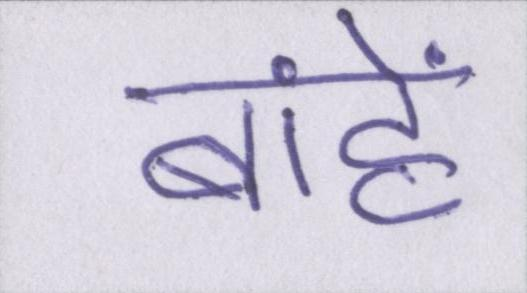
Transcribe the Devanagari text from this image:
बांहें